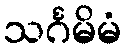
သင်္ဂမိမံ